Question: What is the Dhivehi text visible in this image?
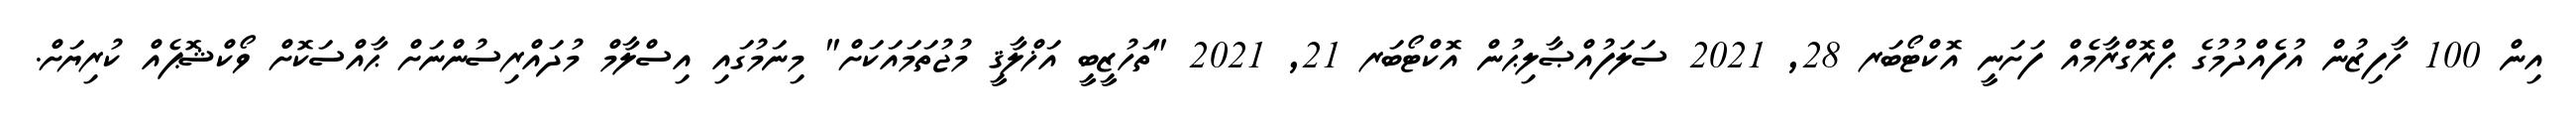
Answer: އިން 100 ހާފިޒުން އުފެއްދުމުގެ ޕްރޮގްރާމެއް ފަށަނީ އޮކްޓޯބަރ 28, 2021 ސަލަފުއްޞާލިޙުން އޮކްޓޯބަރ 21, 2021 "ތަހުޒީބީ އަޚްލާޤީ މުޖުތަމައަކަށް" މިނަމުގައި އިސްލާމް މުދައްރިސުންނަށް ޙާއްސަކޮށް ވޯކްޝޮޕެއް ކުރިޔަށް.